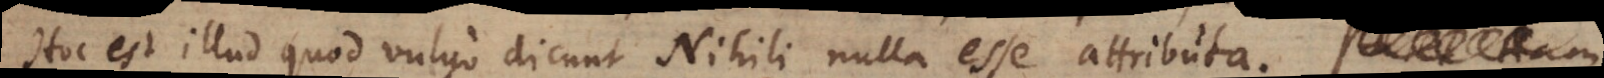
Hoc est illud quod vulgo dicunt Nihili nulla esse attributa. Pa